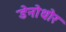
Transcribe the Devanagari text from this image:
डेनोथोर